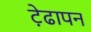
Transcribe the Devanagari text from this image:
ट़ेढापन